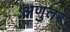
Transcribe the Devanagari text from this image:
अणुतर